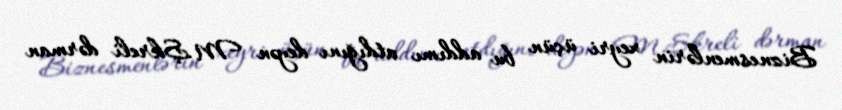
Biznesmenlərin xeyri üçün bu addımı atdığını deyən M.Şkreli dərman